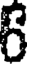
6